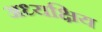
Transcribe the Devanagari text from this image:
अध्यक्षिय